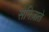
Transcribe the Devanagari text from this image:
सेनिज़ाते